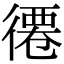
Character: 𢕖